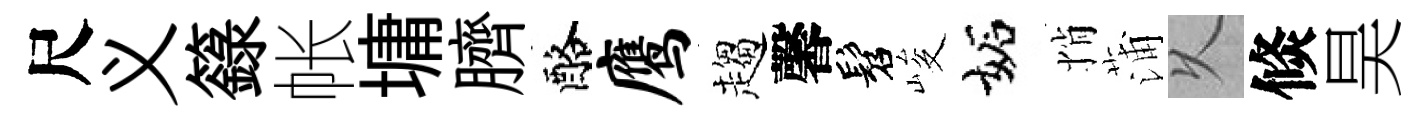
尺义籙帐墉臍酪鹰趨馨髫峻妬悄蒲乆倐昊